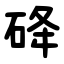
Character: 䂫